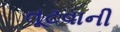
તૂટવાની